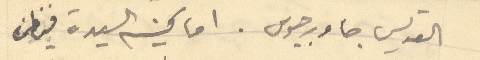
القديس جاورجيوس. اما كنيسه السيدة فيظن